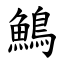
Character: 鷠